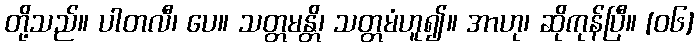
တို့သည်။ ပါတလီ၊ ပေ။ သတ္တမန္တိ၊ သတ္တမံဟူ၍။ အာဟု၊ ဆိုကုန်ပြီ။ [၀၆]